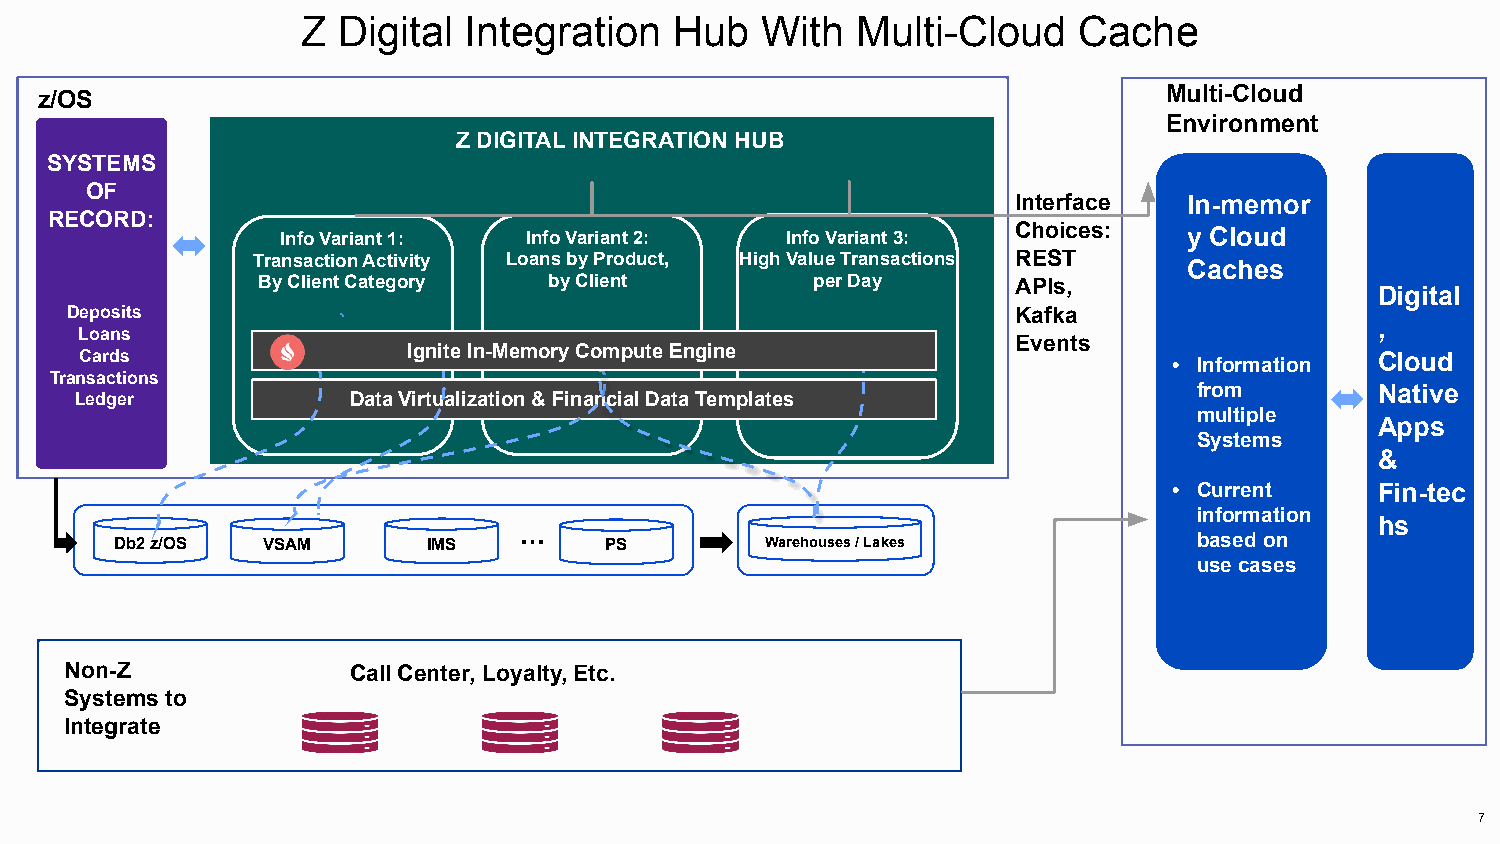
Z Digital  Integration   Hub  With   Multi-Cloud   Cache
 z/OS                                                                       Multi-Cloud
 Environment
 Z DIGITAL INTEGRATION HUB
 SYSTEMS
 OF
 Interface   In-memor
 RECORD:
 Info Variant 1: Info Variant 2:  Info Variant 3: Choices:   y Cloud
 Transaction Activity Loans by Product, High Value Transactions REST Caches
 By Client Category by Client         per Day      APIs,
 Digital
 Deposits                                                       Kafka
 ,
 Loans
 Events
 Cards                 Ignite In-Memory Compute Engine                    • Information Cloud
 Transactions
 from        Native
 Ledger            Data Virtualization & Financial Data Templates
 multiple
 Apps
 Systems
 &
 • Current    Fin-tec
 information
 hs
 Db2 z/OS VSAM       IMS   …     PS         Warehouses / Lakes          based on
 use cases
 Non-Z              Call Center, Loyalty, Etc.
 Systems to
 X86
 Integrate
 7